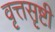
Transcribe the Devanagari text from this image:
वृत्तसृष्टी